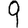
Digit: 9